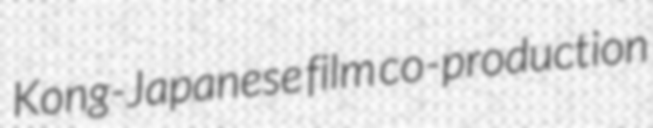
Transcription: Kong-Japanese film co-production